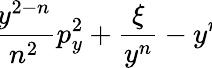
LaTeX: \! \! \frac{y^{2-n}}{n^{2}}p_{y}^{2}+\frac{\xi}{y^{n}}-y^{n}\! \!